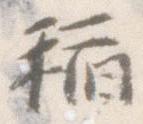
稲